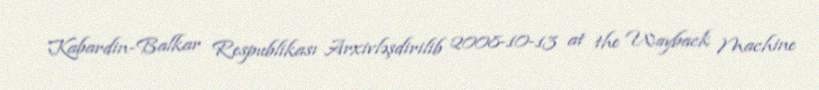
Kabardin-Balkar Respublikası Arxivləşdirilib 2008-10-13 at the Wayback Machine